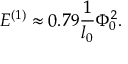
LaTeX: E ^ { ( 1 ) } \approx 0 . 7 9 \frac { 1 } { l _ { 0 } } \Phi _ { 0 } ^ { 2 } .